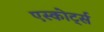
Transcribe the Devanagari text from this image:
एस्कोर्ट्स